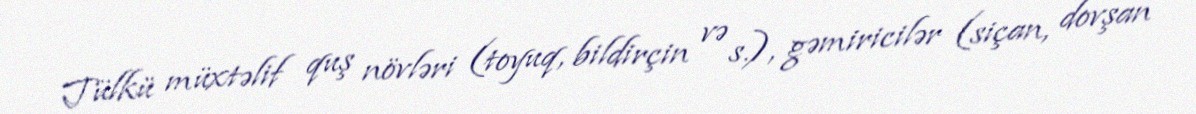
Tülkü müxtəlif quş növləri (toyuq, bildirçin və s.), gəmiricilər (siçan, dovşan